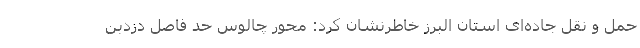
حمل و نقل جاده‌ای استان البرز خاطرنشان کرد: محور چالوس حد فاصل دزدبن